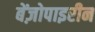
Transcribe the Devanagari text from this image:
बेंज़ोपाइरीन